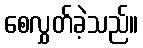
စေလွှတ်ခဲ့သည်။